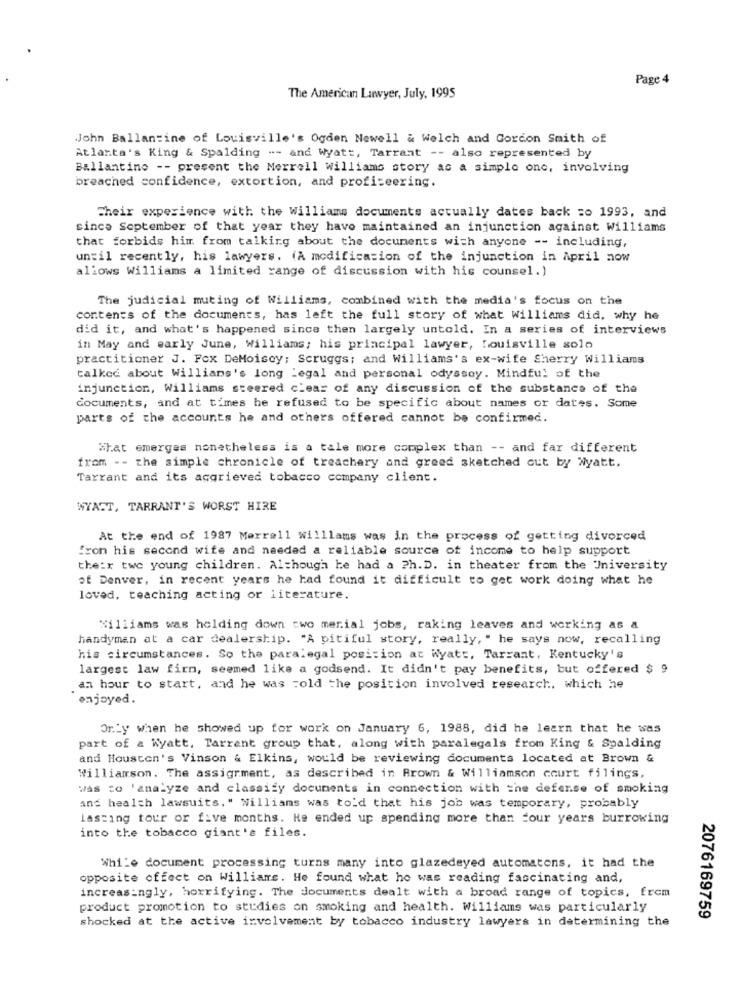
Page 4
The American Lawyer, July, 1995
John Ballantine of Louisville's Ogden Newell & Welch and Gordon Smith of
Atlanta's King & Spalding --- and Wyatt, Tarrant -- also represented by
Ballantine -- present the Merrell Williams story as a simple one, involving
breached confidence, extortion, and profiteering.
Their experience with the Williams documents actually dates back =o 1993, and
since September of that year they have maintained an injunction against Williams
that forbids him from talking about the documents with anyone -- including,
until recently, his lawyers. (A modification of the injunction in April now
allows Williams a limited range of discussion with his counsel.)
The judicial muting of Williams, combined with the media's focus on the
contents of the documents, has left the full story of what Williams did, why he
did it, and what's happened since then largely untold. In a series of interviews
in May and early June, Williams; his principal lawyer, Louisville solo
practitioner J. Fox DeMoisoy; Scruggs; and Williams's ex-wife Sherry Williams
talked about Williams's long Legal and personal odyssey. Mindful of the
injunction, Williams steered clear of any discussion of the substance of the
documents, and at times he refused to be specific about names or dates. Some
parts of the accounts he and others offered cannot be confirmed.
What emerges nonetheless is a tale more complex than -- and far different
from -- the simple chronicle of treachery and greed sketched out by Wyatt.
Tarrant and its aggrieved tobacco company client.
WYATT, TARRANT'S WORST HIRE
At the end of 1987 Morrall Williams was in the process of getting divorced
"ron his second wife and naedad a reliable source of income to help support
their twe young children. Although he had a Ph. D. in theater from the University
of Denver, in recent years he had found it difficult to get work doing what he
loved, teaching acting or literature.
Williams was holding down two merial jobs, raking leaves and working as a
handyman at a car dealership. "A pitiful story, really, " he says now, recalling
his circumstances. So the paralegal posicion at Wyatt, Tarrant, Kentucky's
largest law firm, seemed like a godsend. It didn't pay benefits, but offered $ 9
an hour to start, and he was :old the position involved research, which he
enjoyed.
Only when he showed up for work on January 6, 1988, did he learn that he was
part of & Wyatt. Tarrant group that, along with paralegals from King & Spalding
and Houston's Vinson & Elkins, would be reviewing documents located at Brown &
Williamson. The assignment, as described in Brown & Williamson court filings,
was to 'analyze and classify documents in connection with the defense of smoking
and health lawsuits." Williams was told that his job was temporary, probably
Lasting tour or five months. He ended up spending more than four years burrowing
into the tobacco giant's files.
While document processing turns many into glazedeyed automatons, it had the
opposite offect on Williams. He found what he was reading fascinating and,
increasingly, horrifying. The documents dealt with a broad range of topics, from
product promotion to studies on smoking and health. Williams was particularly
shocked at the active involvement by tobacco industry lawyers in determining the
2076169759